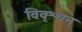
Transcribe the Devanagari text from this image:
विवृश्चन्